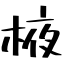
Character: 棭